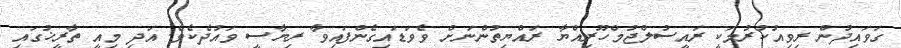
ގަވައިދުން ރިވިއުކުރުމަކީ ރައީސުލްޖުމްހޫރިއްޔާ ރައްޔިތުންނަށް ވެވަޑައިގެންފައިވާ ރިޔާސީ ވައުދެކެވެ. އަދި މިއީ ތާރީޚުގައި